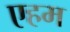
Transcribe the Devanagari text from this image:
एहम